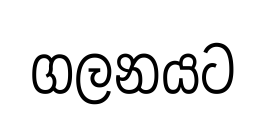
ගලනයට